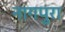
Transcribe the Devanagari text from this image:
नागपुरा